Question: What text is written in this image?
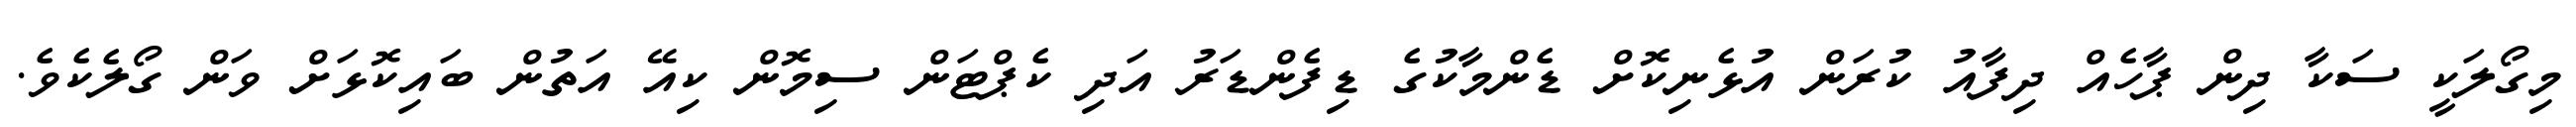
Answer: މިގޯލަކީ ސަކާ ދިން ޕާހެއް ދިފާއު ކުރަން އުޅެނިކޮށް ޑެންމާކުގެ ޑިފެންޑަރު އަދި ކެޕްޓަން ސިމޮން ކިއޭ އަތުން ބައިކޮޅަށް ވަން ގޯލެކެވެ.